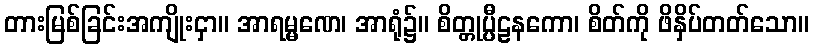
တားမြစ်ခြင်းအကျိုးငှာ။ အာရမ္မဏေ၊ အာရုံ၌။ စိတ္တုပ္ပီဠနကော၊ စိတ်ကို ဖိနှိပ်တတ်သော။